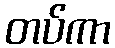
တပ်ကာ